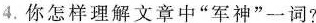
4.你怎样理解文章中”军神”一词?